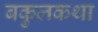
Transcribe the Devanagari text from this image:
बकुलकथा